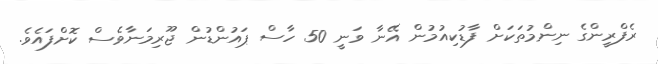
ރެފްރީންގެ ނިންމުތަކަށް ފާޑުކިއުމުން އޭނާ ވަނީ 50 ހާސް ޕައުންޑުން ޖޫރިމަނާވެސް ކޮށްފައެވެ.